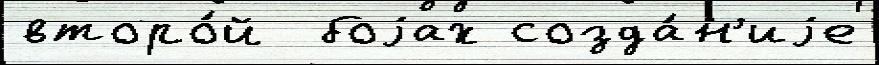
второ́й  боjах созда́н'иjе